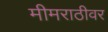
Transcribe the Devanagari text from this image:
मीमराठीवर